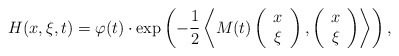
\begin{align*} H(x,\xi,t)= \varphi(t)\cdot\exp\left(-\frac{1}{2}\left\langle M(t)\left(\begin{array}{c}x\\\xi\end{array}\right), \left(\begin{array}{c}x\\\xi\end{array}\right)\right\rangle\right), \end{align*}